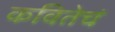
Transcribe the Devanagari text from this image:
कवितेचं